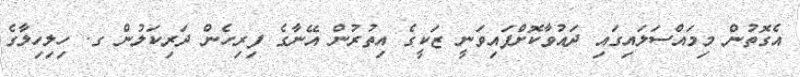
އެގޮތުން މިމައްސަލައިގައި ދައުވާކޮށްފައިވަނީ ޒަކީގެ އިތުރުން އޭނާގެ ފިރިހެން ދަރިކަލުން ގ. ހިލިހިލާގެ